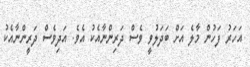
އަހަރު ފަހުން މާލެ އަށް ބަދަލުވީ ވެސް ދަރިންނާއެކު އެވެ. އަދިވެސް ދަރީންނާއެކު